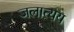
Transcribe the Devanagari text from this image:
जलात्यय